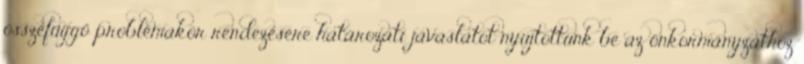
összefüggő problémakör rendezésére határozati javaslatot nyújtottunk be az önkormányzathoz